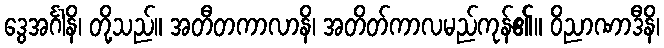
ဒွေအင်္ဂါနိ၊ တို့သည်။ အတီတကာလာနိ၊ အတိတ်ကာလမည်ကုန်၏။ ဝိညာဏာဒီနိ၊